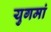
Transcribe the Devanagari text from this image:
युगमां